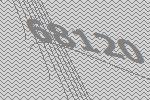
68120